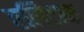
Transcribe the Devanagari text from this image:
एलिटाक